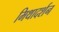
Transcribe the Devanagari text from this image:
मिथादर्शन